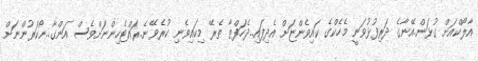
އާލޯކްއަށް ގުޅަން..އޭނާގެ ދަރިފުޅުވަނީ މެހެކްގެ ކައިވެންޏަށް އެދިފައި..ދެހަފްތާ ތެރޭ މިކައިވެނި ކުރެވޭނެ..ރައްޓެހިންނަށްވެސް އަންގާ..ނޯކަރުންނަށް